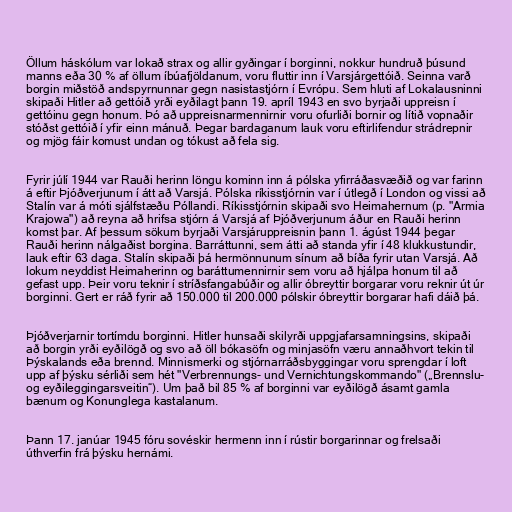
Öllum háskólum var lokað strax og allir gyðingar í borginni, nokkur hundruð þúsund
manns eða 30 % af öllum íbúafjöldanum, voru fluttir inn í Varsjárgettóið. Seinna varð
borgin miðstöð andspyrnunnar gegn nasistastjórn í Evrópu. Sem hluti af Lokalausninni
skipaði Hitler að gettóið yrði eyðilagt þann 19. apríl 1943 en svo byrjaði uppreisn í
gettóinu gegn honum. Þó að uppreisnarmennirnir voru ofurliði bornir og lítið vopnaðir
stóðst gettóið í yfir einn mánuð. Þegar bardaganum lauk voru eftirlifendur strádrepnir
og mjög fáir komust undan og tókust að fela sig.

Fyrir júlí 1944 var Rauði herinn löngu kominn inn á pólska yfirráðasvæðið og var farinn
á eftir Þjóðverjunum í átt að Varsjá. Pólska ríkisstjórnin var í útlegð í London og vissi að
Stalín var á móti sjálfstæðu Póllandi. Ríkisstjórnin skipaði svo Heimahernum (p. "Armia
Krajowa") að reyna að hrifsa stjórn á Varsjá af Þjóðverjunum áður en Rauði herinn
komst þar. Af þessum sökum byrjaði Varsjáruppreisnin þann 1. ágúst 1944 þegar
Rauði herinn nálgaðist borgina. Barráttunni, sem átti að standa yfir í 48 klukkustundir,
lauk eftir 63 daga. Stalín skipaði þá hermönnunum sínum að bíða fyrir utan Varsjá. Að
lokum neyddist Heimaherinn og baráttumennirnir sem voru að hjálpa honum til að
gefast upp. Þeir voru teknir í stríðsfangabúðir og allir óbreyttir borgarar voru reknir út úr
borginni. Gert er ráð fyrir að 150.000 til 200.000 pólskir óbreyttir borgarar hafi dáið þá.

Þjóðverjarnir tortímdu borginni. Hitler hunsaði skilyrði uppgjafarsamningsins, skipaði
að borgin yrði eyðilögð og svo að öll bókasöfn og minjasöfn væru annaðhvort tekin til
Þýskalands eða brennd. Minnismerki og stjórnarráðsbyggingar voru sprengdar í loft
upp af þýsku sérliði sem hét "Verbrennungs- und Vernichtungskommando" („Brennslu-
og eyðileggingarsveitin“). Um það bil 85 % af borginni var eyðilögð ásamt gamla
bænum og Konunglega kastalanum.

Þann 17. janúar 1945 fóru sovéskir hermenn inn í rústir borgarinnar og frelsaði
úthverfin frá þýsku hernámi.